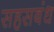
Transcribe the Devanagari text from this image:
सहसबंध